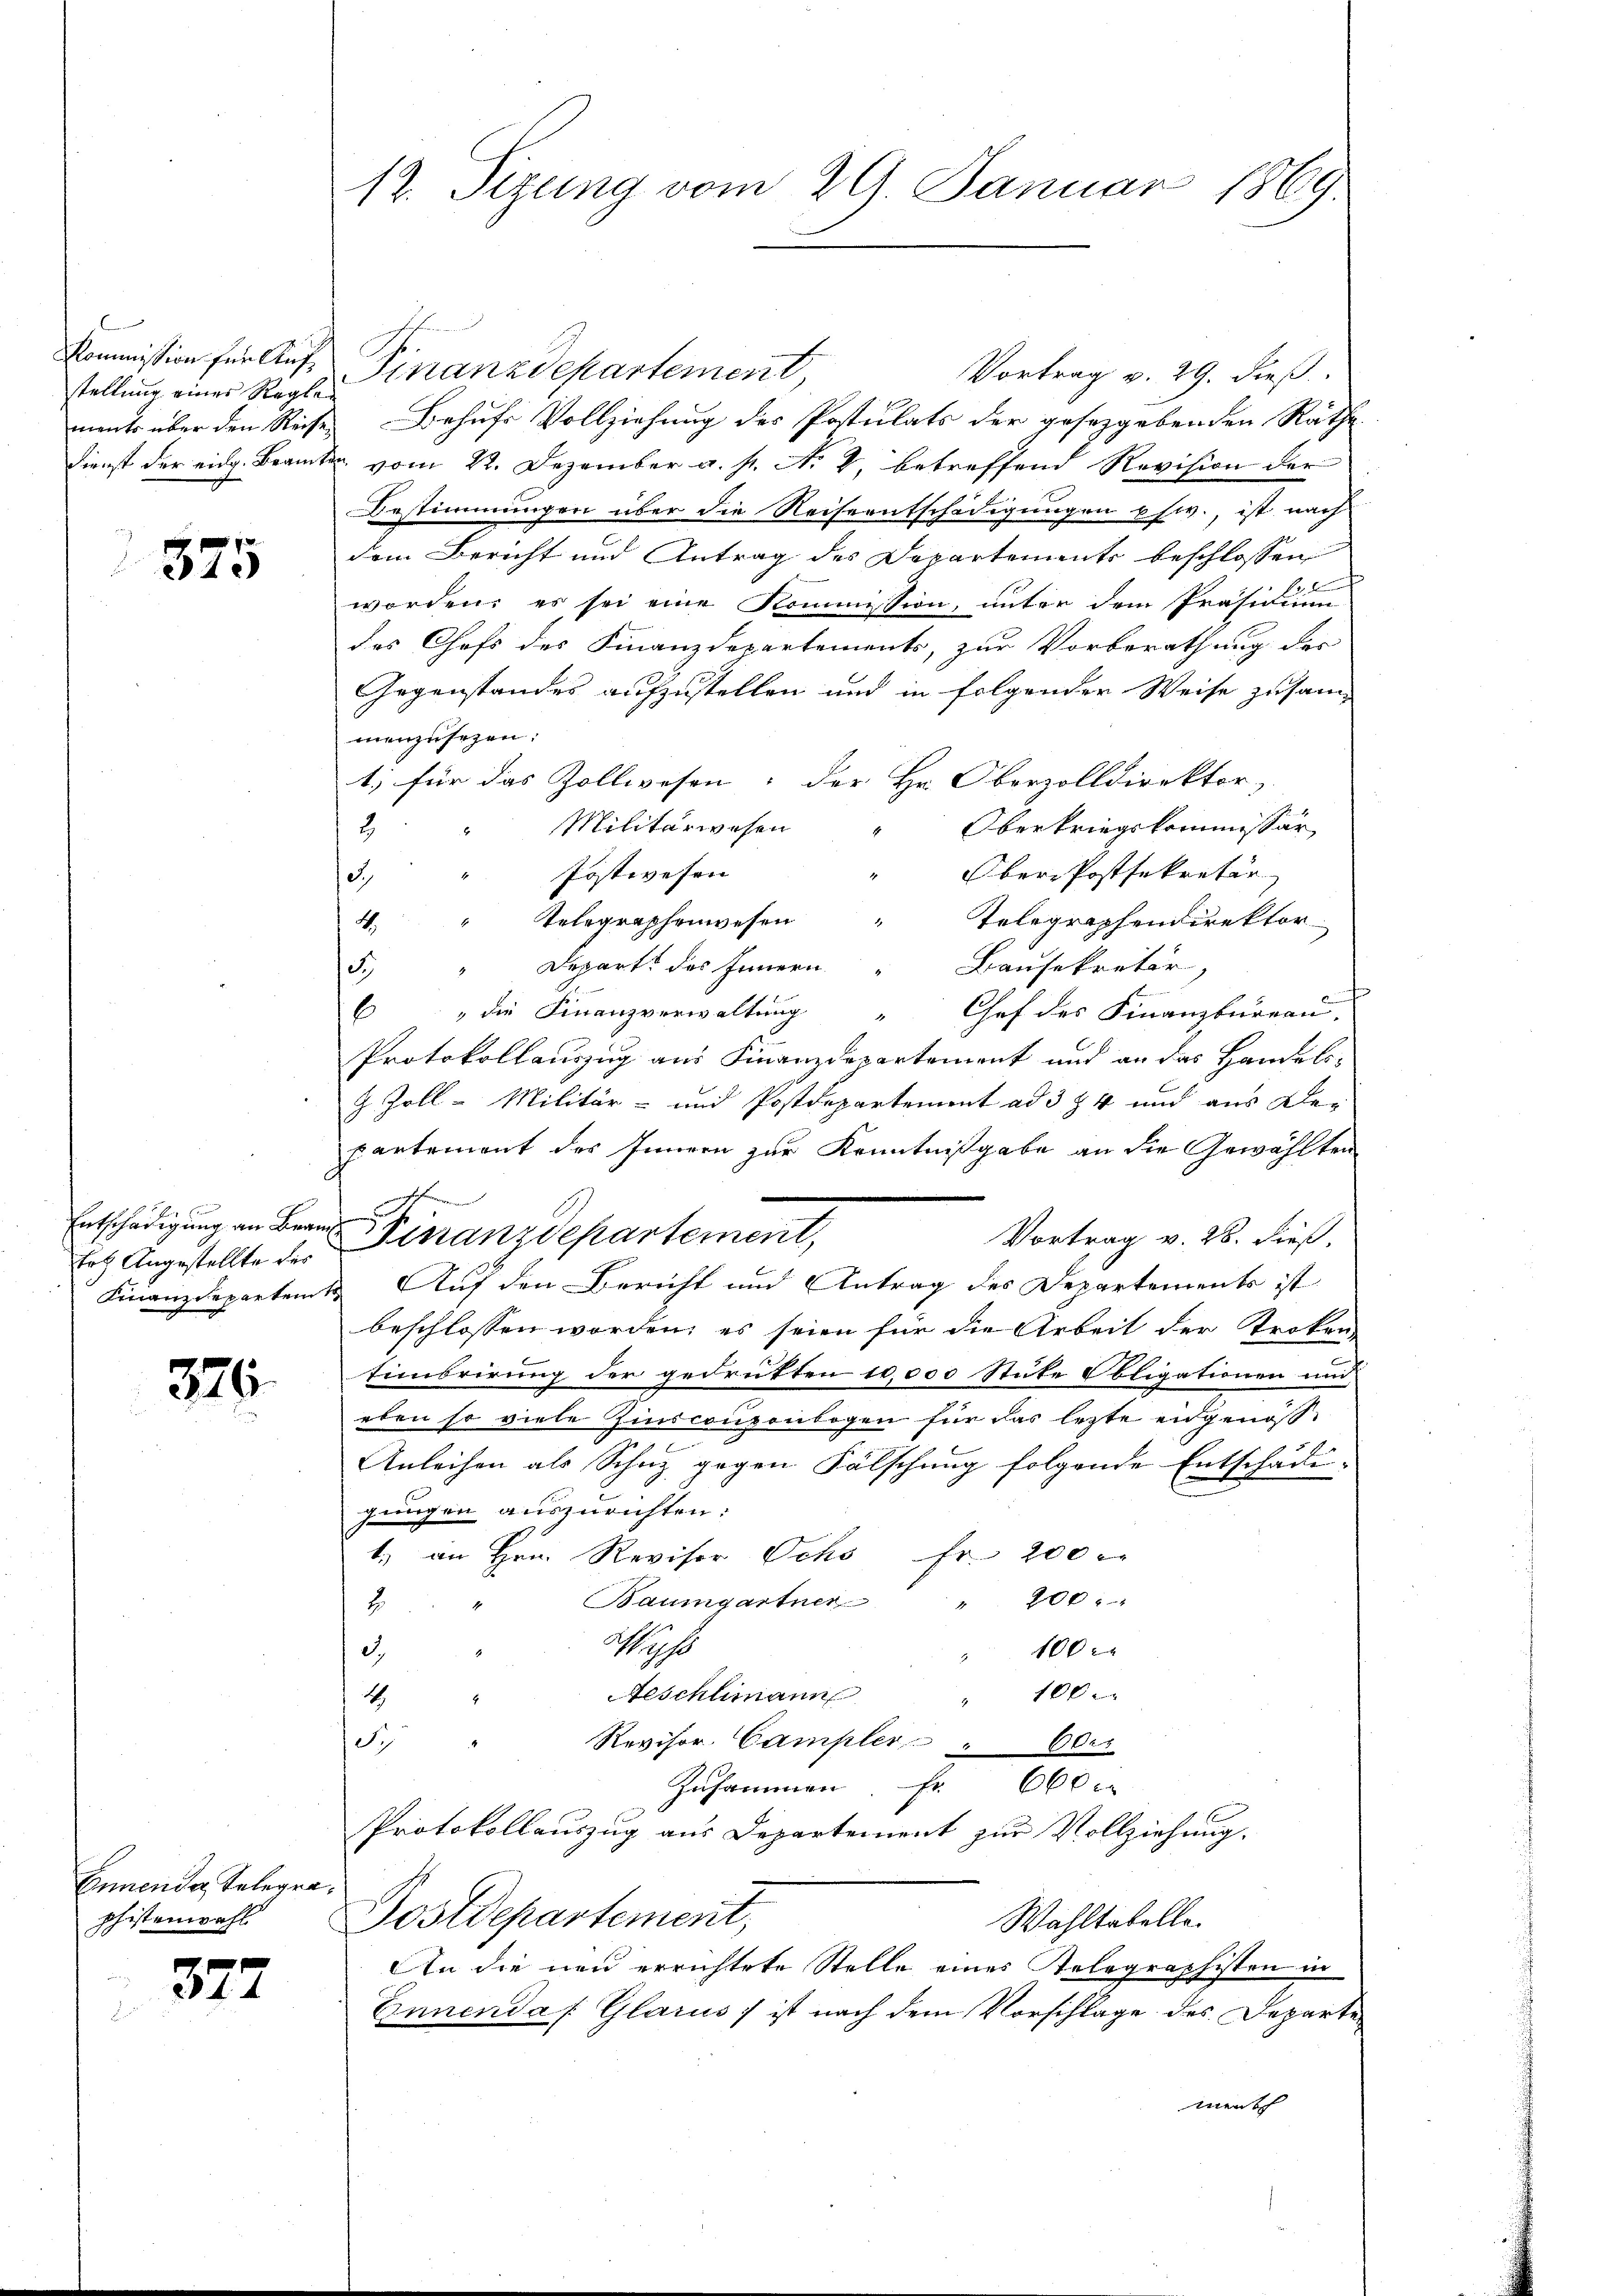
Kommission für Aufstellung einer Regle

375

Entschädigung an Branz

376.

Gnnende Telegra¬
Phistenwahl

377

Finanzdepartement,
Vortrag v. 29. dieß.
ments über den Reise Behufs Vollziehung des Postulats der gesezgebenden Räthe
Dienst der eidg. Beamte vom 22. Dezember a. p. N. 2, betreffend Revision der
Bestimmungen über die Reiseentschädigungen phw., ist nach
dem Bericht und Antrag des Departements beschlossen

worden; es sei eine Kommission, unter dem Präsidium
des Chefs des Finanzdepartements, zur Vorberathung der
Gegenstandes aufzustellen und in folgender Weise zusammenzusezen:
1; für das Zollwesen, der Hr. Oberzolldirektor,
Militärwesen
Oberkriegskommissär
2
" Postwesen
" Ober-Postsekretär
3.)
E
4. " Telegraphenwesen
Telegraphendirektor
Departe des Innern
Bausekretär,
1
2
6" die Finanzverwaltŭng " Chef des Finanzbüreaŭ.
Protokollauszug aus Finanzdepartement und an das Handels-
z Zoll-Militär- und Postdepartement ad 3 & 4 und aus De-
partement des Innern zur Kenntnißgabe an die Gewählten
Vortrag v. 28. dieß.
Ert Angestellte der Distanz departement,
Finanzdepartem Auf den Bericht und Antrag des Departements ist
beschlossen worden, es seien für die Arbeit der Troken
timbrirung der gedrükten 10,000 Stüke Obligationen und
eben so viele Zinsconsenbogen für das letzte engenoße
Anleihen als Schuz gegen Fälschung folgende Entschädigungen auszurichten:
t. an Hrn. Revisor Ochs fr. 200 er
Baumgartner " 200.
2.
Wechs
100
d.
100
Aeschlimann
1
Si
Revisor Campler " 600.
Zusammen Fr. 600 x
Protokollauszug aus Departement zur Vollziehung.
Postdepartement,
Wahltatelle.
An die neu errichtete Stelle eines Telegraphisten in
Ennendas Glarus ) ist nach dem Vorschlage des Departe
menth

12. Sizung vom 29. Januar 1869